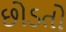
છોડતો